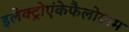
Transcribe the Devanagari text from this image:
इलेक्ट्रोएंकेफैलोग्राम